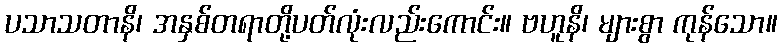
ပသာသတာနိ၊ အနှစ်တရာတို့ပတ်လုံးလည်းကောင်း။ ဗဟူနိ၊ များစွာ ကုန်သော။